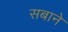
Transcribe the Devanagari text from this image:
सबाने